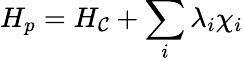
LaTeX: H_{p}=H_{\mathcal{C}}+\sum_{i}\lambda_{i}\chi_{i}